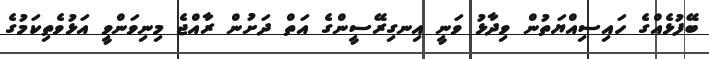
ބޭފުޅެއްގެ ހައިސިއްޔަތުން ވިދާޅު ވަނީ އިނގިރޭސީންގެ އަތް ދަށުން ރާއްޖެ މިނިވަންވީ އަޅުވެތިކަމުގެ